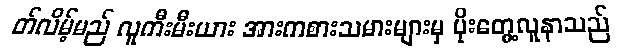
တ်လိမ့်မည် လူကီးမီးယား အားကစားသမားများမှ ပိုးတွေ့လူနာသည်